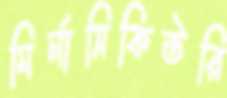
মির্নাসিকিউরি